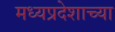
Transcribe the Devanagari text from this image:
मध्यप्रदेशाच्या